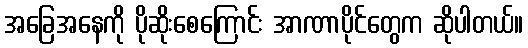
အခြေအနေကို ပိုဆိုးစေကြောင်း အာဏာပိုင်တွေက ဆိုပါတယ်။